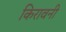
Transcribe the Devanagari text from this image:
किरावनी